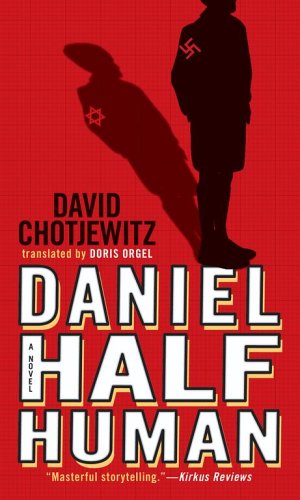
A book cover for Daniel Half Human; David Chotjewitz; Teen & Young Adult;